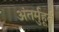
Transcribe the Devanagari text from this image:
अंतर्मुहूर्त